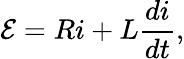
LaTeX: \mathcal E=Ri+L\frac{di}{dt},